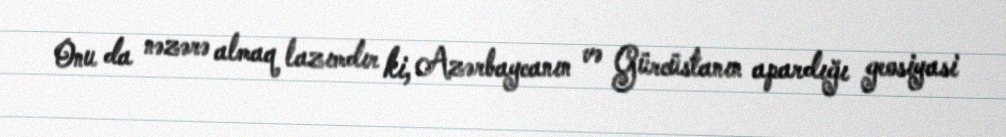
Onu da nəzərə almaq lazımdır ki, Azərbaycanın və Gürcüstanın apardığı geosiyasi